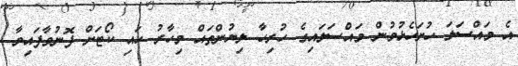
އެ މައްސަލަ ހުށަހެޅުމުން މައްސަލައިގެ ހުރިހާ ލިޔުންތައް މިހާރު ހައި ކޯޓަށް ފޮނުވާފައިވާ